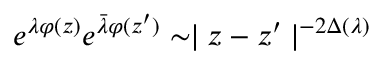
e ^ { \lambda \varphi ( z ) } e ^ { \bar { \lambda } \varphi ( z ^ { \prime } ) } \sim \mid z - z ^ { \prime } \mid ^ { - 2 \Delta ( \lambda ) }